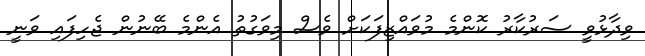
ވިދާޅުވީ ސަރުކާރު ކޮންމެ މުވައްޒިފަކަށް ވެސް މިވަގުތު އެންމެ ބޭނުން ޖެހިފައި ވަނީ